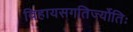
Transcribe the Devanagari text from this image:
विहायसगतिर्ज्योतिः